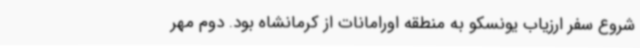
شروع سفر ارزیاب یونسکو به منطقه اورامانات از کرمانشاه بود. دوم مهر